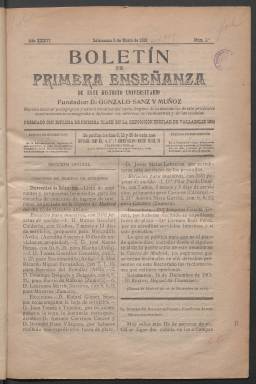
Título: Boletin de primera enseñanza de este distrito universitario
Otros títulos: Boletín de primera enseñanza
Colección: Educación
Ámbito geográfico: Salamanca
Lugar de publicación: Salamanca
Fechas: 05/01/1913-30/04/1919